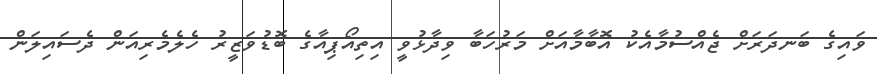
ވައިގެ ބަނދަރަށް ޖެއްސުމާއެކު އޮބާމާއަށް މަރުހަބާ ވިދާޅުވީ އިތިއޯޕިއާގެ ބޮޑުވަޒީރު ހެލެމެރިއަން ދެސައިލަން